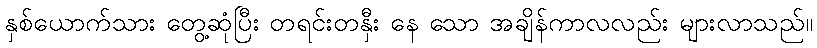
နှစ်ယောက်သား တွေ့ဆုံပြီး တရင်းတနှီး နေ သော အချိန်ကာလလည်း များလာသည်။